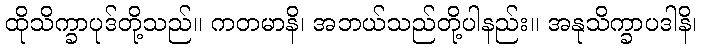
ထိုသိက္ခာပုဒ်တို့သည်။ ကတမာနိ၊ အဘယ်သည်တို့ပါနည်း။ အနုသိက္ခာပဒါနိ၊